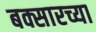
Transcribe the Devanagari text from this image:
बक्सारच्या